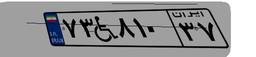
۷۳W۸۱۰۳۷